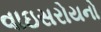
વાઇસરોયનો